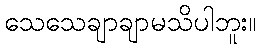
သေသေချာချာမသိပါဘူး။